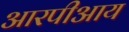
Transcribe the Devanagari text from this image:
आरपीआय